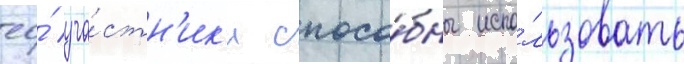
ео́ уча́стн'ик'и спосо́бны испо́льзовать